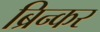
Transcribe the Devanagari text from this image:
ब्रिन्कर